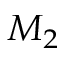
M _ { 2 }